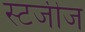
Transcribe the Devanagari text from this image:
स्टजीज